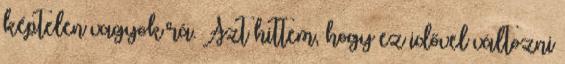
képtelen vagyok rá. Azt hittem, hogy ez idővel változni